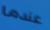
عندما